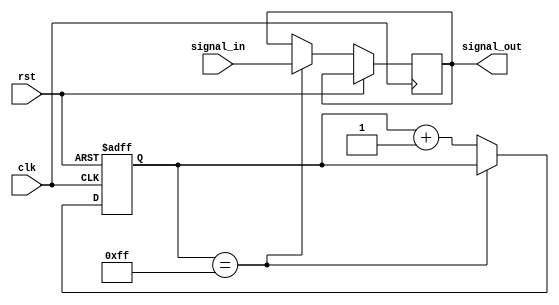
module rc_delay (
    input wire clk,
    input wire rst,
    input wire signal_in,
    output reg signal_out
);

reg [7:0] delay_count;

always @(posedge clk or posedge rst) begin
    if (rst) begin
        delay_count <= 8'b0;
    end else begin
        if (delay_count == 8'b11111111) begin
            signal_out <= signal_in;
        end else begin
            delay_count <= delay_count + 1;
        end
    end
end

endmodule